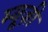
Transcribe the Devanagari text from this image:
म्यू़ज़ी